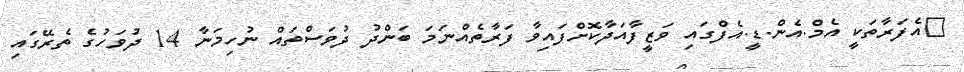
އެފަރާތަކީ އެމް.އެން.ޑީ.އެފްގައި ވަޒީފާއަދާކޮށްފައިވާ ފަރާތެއްނަމަ ބަންދު ދުވަސްތައް ނުހިމަނާ 14 ދުވަހުގެ ތެރޭގައި